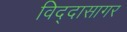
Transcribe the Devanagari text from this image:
विद्दासागर